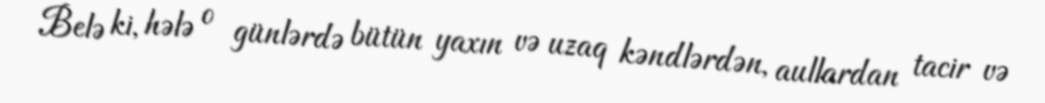
Belə ki, hələ o günlərdə bütün yaxın və uzaq kəndlərdən, aullardan tacir və